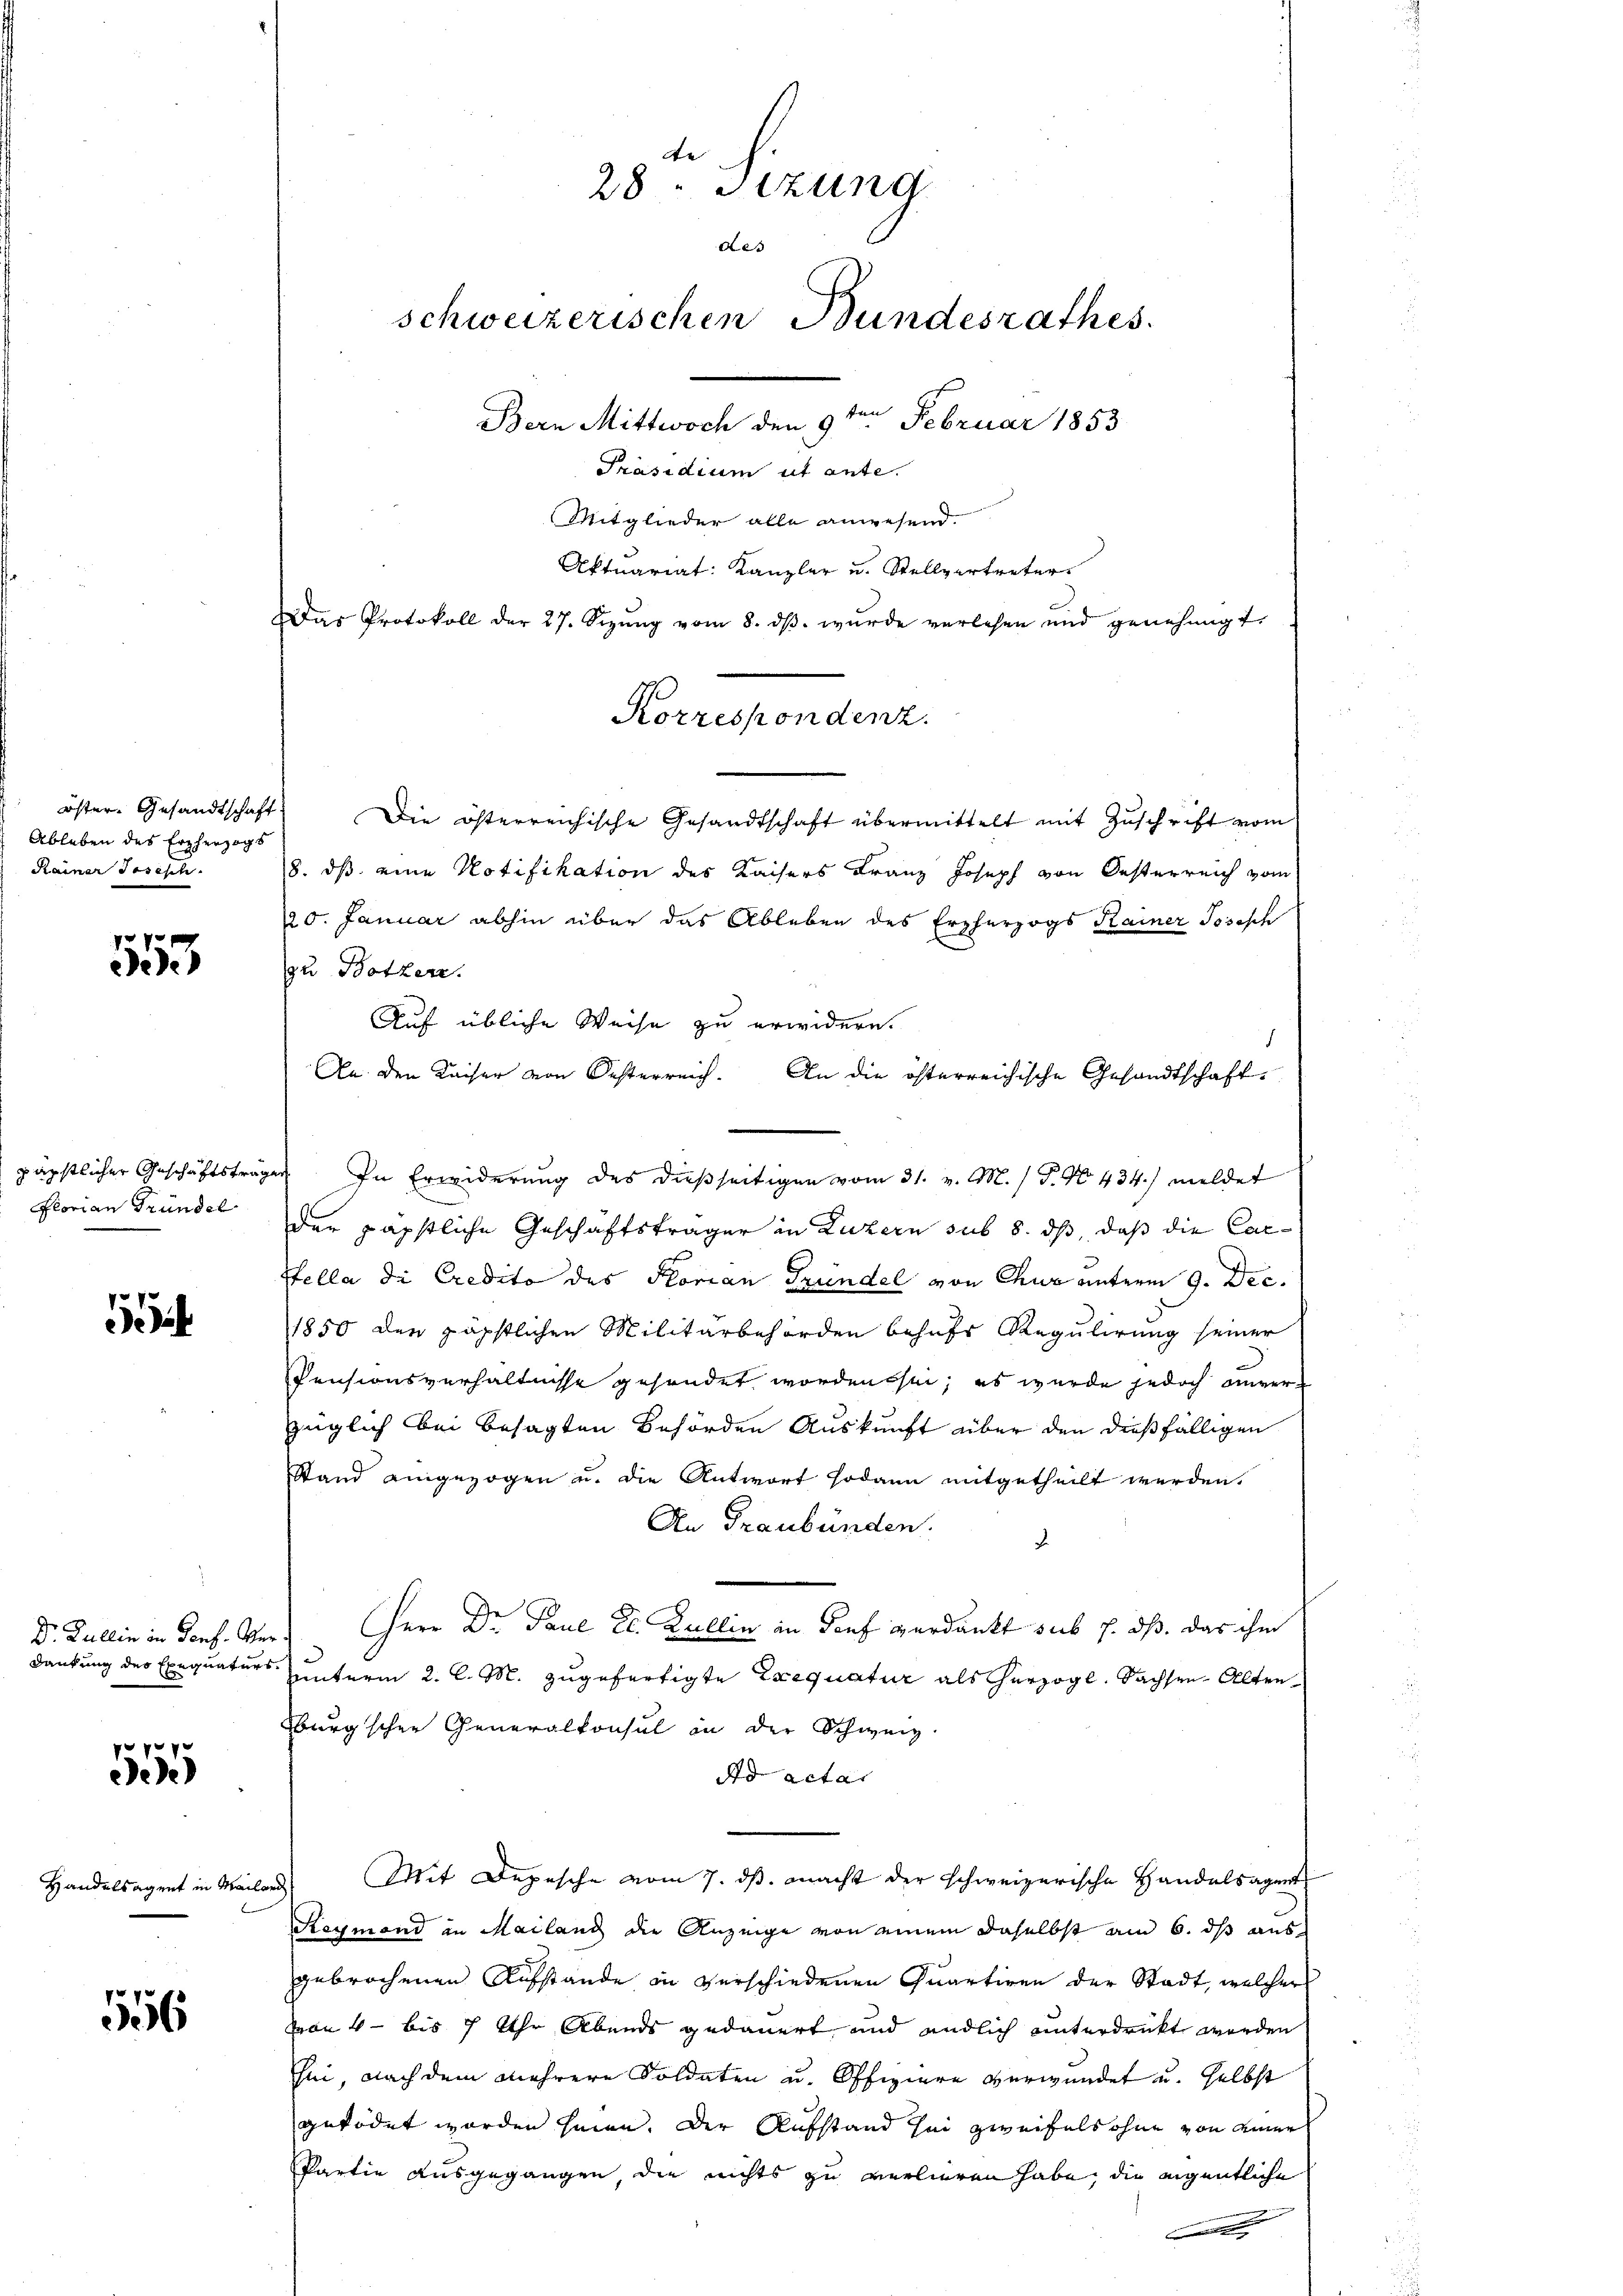
öster Gesandtschaft
Ableben des Erzherzogs
Rainer Josisch.

555

Florian Gründel

i

Dr. Bullin in Dorf. Ver¬

f 7 x 2 x
eede

Handelsagent in Meil

556

Die österreichische Gesandtschaft übermittelt mit Zuschrift vom
8. ds eine Notifikation des Kaisers Franz Joseph von Oesterreich vom
220. Januar abhin über das Ableben des Erzherzogs Rainer Josisch
zu Botzere.
Auf übliche Weise zu erwidern.
Aa. den Kaiser von Oesterreich. An die österreichische Gesandtschaft
päpstlicher Geschäftsträge. In Erwiderung des dießseitigen vom 31. v. M. / P. No. 434./ meldet
der päpstliche Geschäftsträger in Luzern sub 8. ds, daß die Car-
Pfella die Credito des Florian Gründel von Chur unterm 9. Dec.
1850 der päpstlichen Militärbehörden behufs Regulirung seiner
Pensionsverhältnisse gesendet worden sei; es wurde jedoch einverzüglich bei besagten Behörden Auskunft über den dießfälligen
Stand angezogen u. die Antwort sodann mitgetheilt werden.
An Graubünden.
Herr Dr. Paul E. Kullin in Dorf verdankt sub 7. dß. das ihm
Dankung des Exequaturs unterm 2. l. M. zugefertigte Exequatur als herzogl. Sachsen-Alten
burgschen Generalkonsul in der Schweiz.
dd actat
Mit Depesche vom 7. ds. macht der schweizerische Handelsagent
rd
Reymond in Mailand die Anzeige von einem daselbst am 6. dß ausgebrochenen Aufstande in verschiedenen Quartigen der Stadt, welcher
von 4 - bis 7 Uhr Abends gedauert und endlich unterdankt worden
sei, nach dem mehrere Soldaten u. Offiziere verwundet u. selbst
getödet worden seien. Der Aufstand sei zweifels ohne von einer
Partie ausgegangen, die nichts zu verlieren habe, die eigentliche
 |

28 " Stzung
des
schweizerischen Bundesrathes.
ten
Bern Mittwoch den 9ten Februar 1853
Präsidium ut ante.
Mitglieder alle anwesend.
Aktuariat: Kanzler u. Stellvertreter
Das Protokoll der 27. Sizŭng vom 8. dβ. wŭrde verlesen und genehmigt.

Korrespondenz.